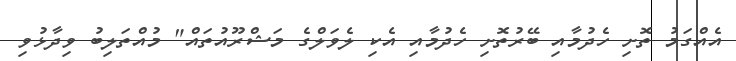
އެއްގަމު ތޮށި ހެދުމާއި ބޭރުތޮށި ހެދުމާއި އެކި ލެވަލްގެ މަޝްރޫއުތައް" މުއްތަލިބު ވިދާޅުވި